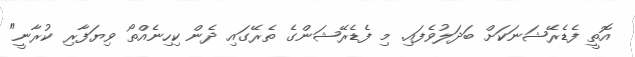
އޮތީ ފެޑެރޭޝަނަކަށް ބަދަލުވެފައި. މި ފެޑެރޭޝަންގެ ތެރޭގައި ދެން ކިހިނެއްތޯ ވިޔަފާރި ކުރާނީ"